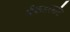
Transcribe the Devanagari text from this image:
मॅकडरमॉट